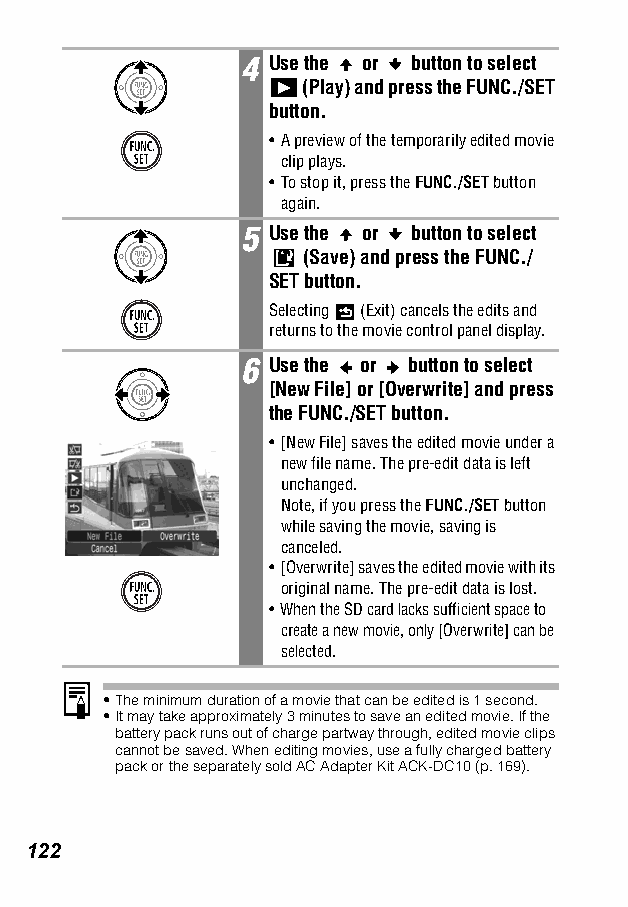
4 Use the or button to select
 (Play) and press the FUNC./SET
 button.
 •A preview of the temporarily edited movie
 clip plays.
 •To stop it, press the FUNC./SET button
 again.
 5 Use the or button to select
 (Save) and press the FUNC./
 SET button.
 Selecting (Exit) cancels the edits and
 returns to the movie control panel display.
 6 Use the or button to select
 [New File] or [Overwrite] and press
 the FUNC./SET button.
 •[New File] saves the edited movie under a
 new file name. The pre-edit data is left
 unchanged.
 Note, if you press the FUNC./SET button
 while saving the movie, saving is
 canceled.
 •[Overwrite] saves the edited movie with its
 original name. The pre-edit data is lost.
 • When the SD card lacks sufficient space to
 create a new movie, only [Overwrite] can be
 selected.
 •The minimum duration of a movie that can be edited is 1 second.
 •It may take approximately 3 minutes to save an edited movie. If the
 battery pack runs out of charge partway through, edited movie clips
 cannot be saved. When editing movies, use a fully charged battery
 pack or the separately sold AC Adapter Kit ACK-DC10 (p. 169).
 122